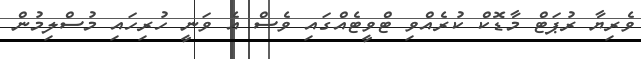
ވެރިޔާ ރުޕަޓް މާޑޮކް ކުރެއްވި ޓްވީޓެއްގައި ވެސް އެ ވަނީ ހުރިހައި މުސްލިމުން